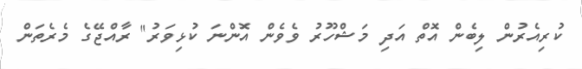
ކުރިއެރުން ލިބެން އޮތް އަދި މަޝްހޫރު ވެވެން އޮންނަ ކުޅިވަރު" ރާއްޖޭގެ މެރެތަން